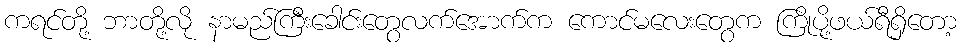
ကရင်တို့ ဘာတို့လို နာမည်ကြီးခေါင်းတွေလက်အောက်က ကောင်မလေးတွေက ကြိုပို့ဖယ်ရီရှိတော့